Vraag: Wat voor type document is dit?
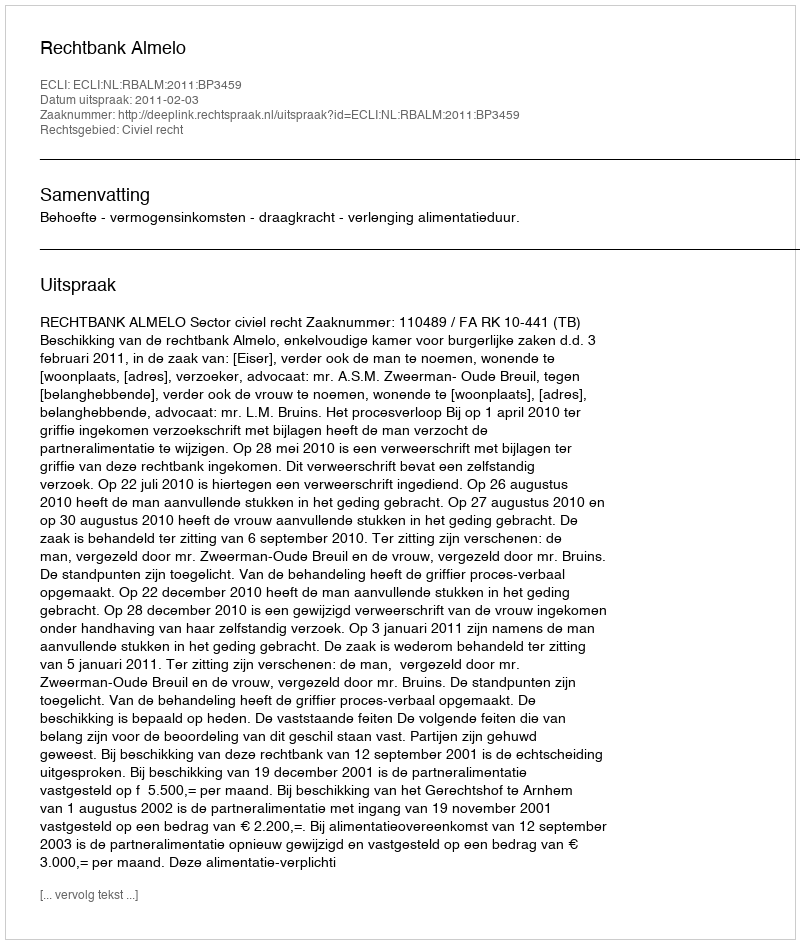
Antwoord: Uitspraak